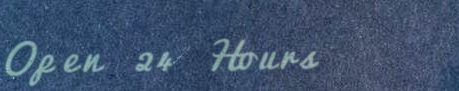
Open 24 Hours